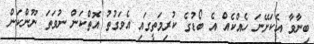
ބިނާވާ އެކަށޭނަ ހެއްކެއް އެ ބޯޑުގެ ކުރިމަތީގައި އެވަގުތު އޮތްކަން ނުވަތަ ނޫންކަން